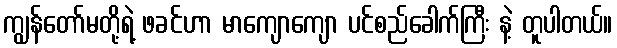
ကျွန်တော်မတို့ရဲ့ ဖခင်ဟာ မာကျောကျော ပင်စည်ခေါက်ကြီး နဲ့ တူပါတယ်။